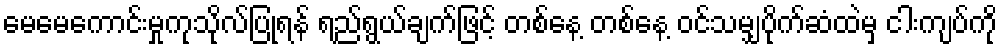
မေမေကောင်းမှုကုသိုလ်ပြုရန် ရည်ရွယ်ချက်ဖြင့် တစ်နေ့ တစ်နေ့ ဝင်သမျှပိုက်ဆံထဲမှ ငါးကျပ်ကို